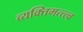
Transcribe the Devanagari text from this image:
व्यक्तिमत्त्त्व